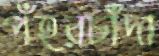
পঁহরচাঁদা